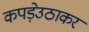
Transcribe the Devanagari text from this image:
कपड़ेउठाकर